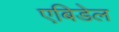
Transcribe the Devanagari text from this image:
एबिडेल